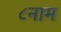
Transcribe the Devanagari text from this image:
८नाम